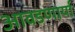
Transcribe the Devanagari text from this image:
आवडणार्या